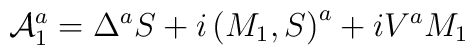
{\cal A}_1^a=\Delta ^aS+i\left( M_1,S\right) ^a+iV^aM_1